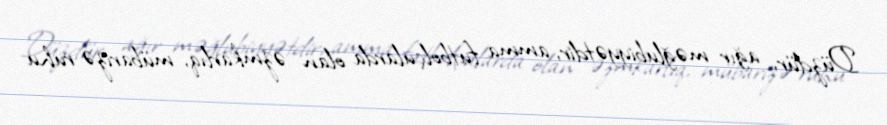
Düzdür, ağır məğlubiyyətdir, amma futbolçularda olan əzmkarlıq, mübarizə ruhu